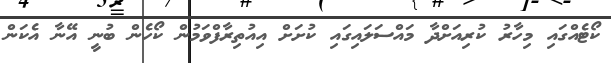
ކޯޓެއްގައި މިހާރު ކުރިއަށްދާ މައްސަލައިގައި ކުށަށް އިއުތިރާފްވަމުން ކޯހެން ބުނީ އޭނާ އެކަން